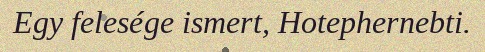
Egy felesége ismert, Hotephernebti.